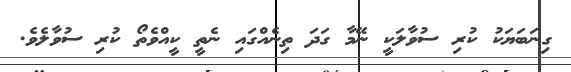
ގިނަބަޔަކު ކުރި ސުވާލަކީ ނޭމާ ގަދަ ތިނެއްގައި ނެތީ ކީއްވެތޯ ކުރި ސުވާލެވެ.